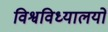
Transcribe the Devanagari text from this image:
विश्वविध्यालयों